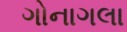
ગોનાગલા